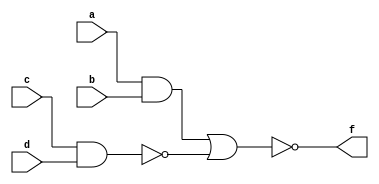
module aoi_a(a,b,c,d,f);
	input a,b,c,d;
	output f;
	reg f;
	always @(a or b or c or d)
	begin
		f = ~((a&b)|(~(c&d)));
	end
endmodule